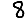
Digit: 8